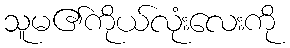
သူမ၏ကိုယ်လုံးလေးကို